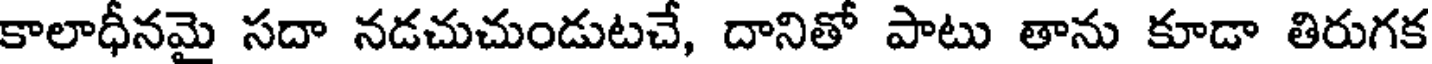
కాలాధీనమై సదా నడచుచుండుటచే, దానితో పాటు తాను కూడా తిరుగక